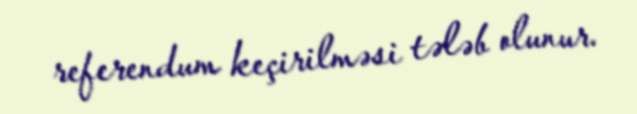
referendum keçirilməsi tələb olunur.